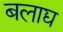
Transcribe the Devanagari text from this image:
बलाद्य